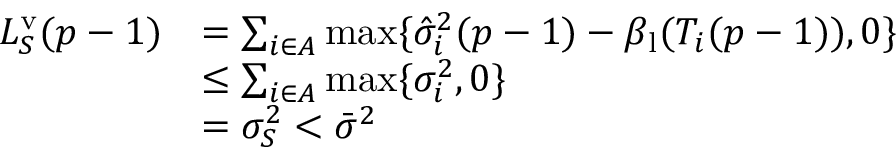
\begin{array} { r l } { L _ { S } ^ { \mathrm { v } } ( p - 1 ) } & { = \sum _ { i \in A } \operatorname* { m a x } \{ \hat { \sigma } _ { i } ^ { 2 } ( p - 1 ) - \beta _ { \mathrm { l } } ( T _ { i } ( p - 1 ) ) , 0 \} } \\ & { \leq \sum _ { i \in A } \operatorname* { m a x } \{ \sigma _ { i } ^ { 2 } , 0 \} } \\ & { = \sigma _ { S } ^ { 2 } < \bar { \sigma } ^ { 2 } } \end{array}